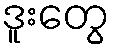
ဒူးတွေ